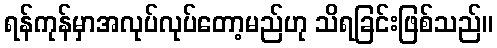
ရန်ကုန်မှာအလုပ်လုပ်တော့မည်ဟု သိရခြင်းဖြစ်သည်။